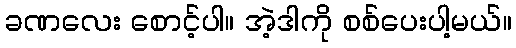
ခဏလေး စောင့်ပါ။ အဲ့ဒါကို စစ်ပေးပါ့မယ်။